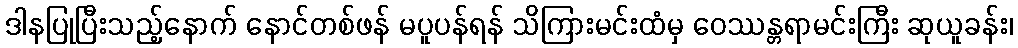
ဒါနပြုပြီးသည့်နောက် နောင်တစ်ဖန် မပူပန်ရန် သိကြားမင်းထံမှ ဝေဿန္တရာမင်းကြီး ဆုယူခန်း၊